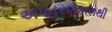
અપહરણકારોથી